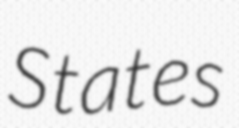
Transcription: States